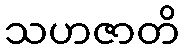
သဟဇာတိ